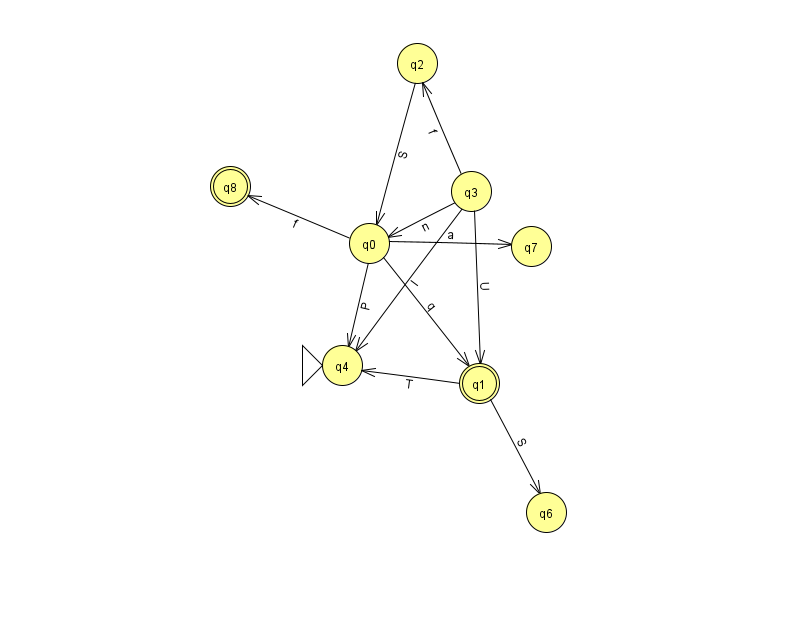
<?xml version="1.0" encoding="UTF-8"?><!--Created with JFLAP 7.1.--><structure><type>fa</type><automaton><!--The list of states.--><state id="0" name="q0"><x>369.0</x><y>230.0</y></state><state id="1" name="q1"><x>479.0</x><y>370.0</y><final/></state><state id="2" name="q2"><x>417.0</x><y>50.0</y></state><state id="3" name="q3"><x>471.0</x><y>178.0</y></state><state id="4" name="q4"><x>342.0</x><y>352.0</y><initial/></state><state id="6" name="q6"><x>546.0</x><y>499.0</y></state><state id="7" name="q7"><x>531.0</x><y>233.0</y></state><state id="8" name="q8"><x>230.0</x><y>173.0</y><final/></state><!--The list of transitions.--><transition><from>3</from><to>4</to><read>I</read></transition><transition><from>0</from><to>1</to><read>q</read></transition><transition><from>1</from><to>6</to><read>S</read></transition><transition><from>2</from><to>0</to><read>S</read></transition><transition><from>3</from><to>2</to><read>f</read></transition><transition><from>0</from><to>7</to><read>a</read></transition><transition><from>3</from><to>1</to><read>U</read></transition><transition><from>0</from><to>8</to><read>f</read></transition><transition><from>0</from><to>4</to><read>P</read></transition><transition><from>1</from><to>4</to><read>T</read></transition><transition><from>3</from><to>0</to><read>n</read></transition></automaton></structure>